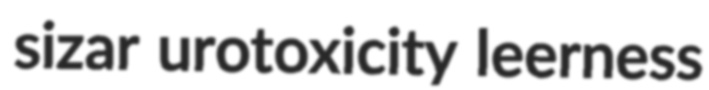
sizar urotoxicity leerness